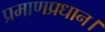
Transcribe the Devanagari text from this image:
प्रमाणप्रधान।